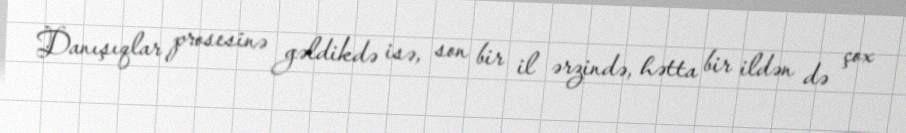
Danışıqlar prosesinə gəldikdə isə, son bir il ərzində, hətta bir ildən də çox